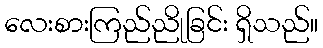
လေးစားကြည်ညိုခြင်း ရှိသည်။